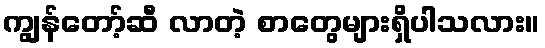
ကျွန်တော့်ဆီ လာတဲ့ စာတွေများရှိပါသလား။